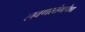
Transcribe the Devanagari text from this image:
लवणस्तंभापेक्षा